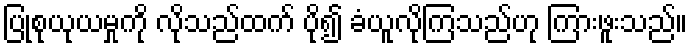
ပြုစုယုယမှုကို လိုသည်ထက် ပို၍ ခံယူလိုကြသည်ဟု ကြားဖူးသည်။